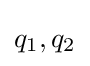
q_{\text{1}},q_{\text{2}}